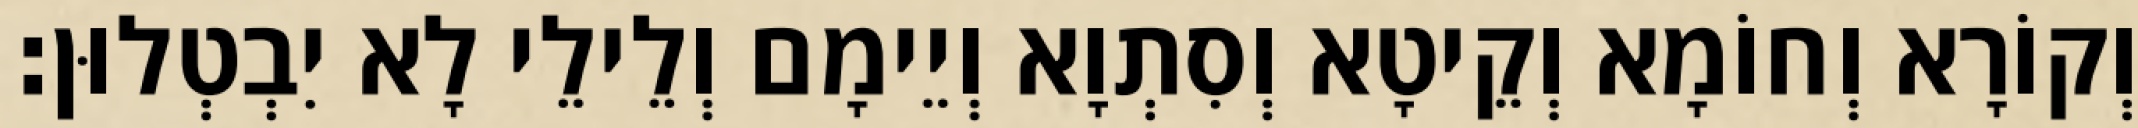
וְקוֹרָא וְחוֹמָא וְקֵיטָא וְסִתְוָא וְיֵימָם וְלֵילֵי לָא יִבְטְלוּן׃